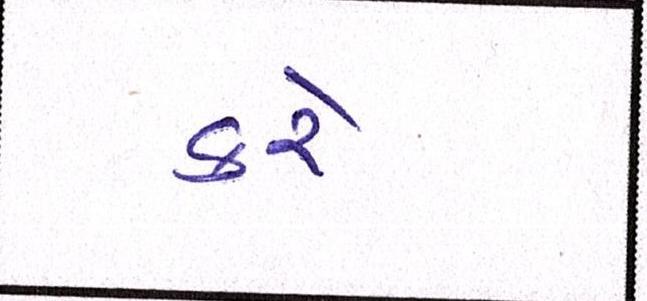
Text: કરેઃ